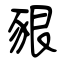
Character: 豤